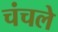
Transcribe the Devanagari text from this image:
चंचले